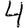
Digit: 4